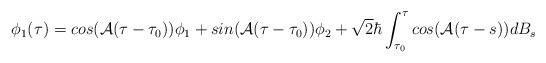
LaTeX: \begin{align*}\phi_{1}(\tau)=cos({\cal A}(\tau-\tau_{0}))\phi_{1} +sin({\cal A}(\tau-\tau_{0}))\phi_{2}+\sqrt{2} \hbar\int_{\tau_{0}}^{\tau}cos({\cal A}(\tau-s))dB_{s}\end{align*}